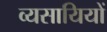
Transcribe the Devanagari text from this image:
व्यसायियों